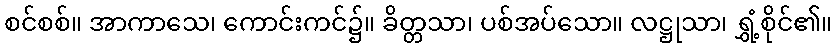
စင်စစ်။ အာကာသေ၊ ကောင်းကင်၌။ ခိတ္တသာ၊ ပစ်အပ်သော။ လဋ္ဌုသာ၊ ရွှံ့စိုင်၏။